Elephants and their diseases
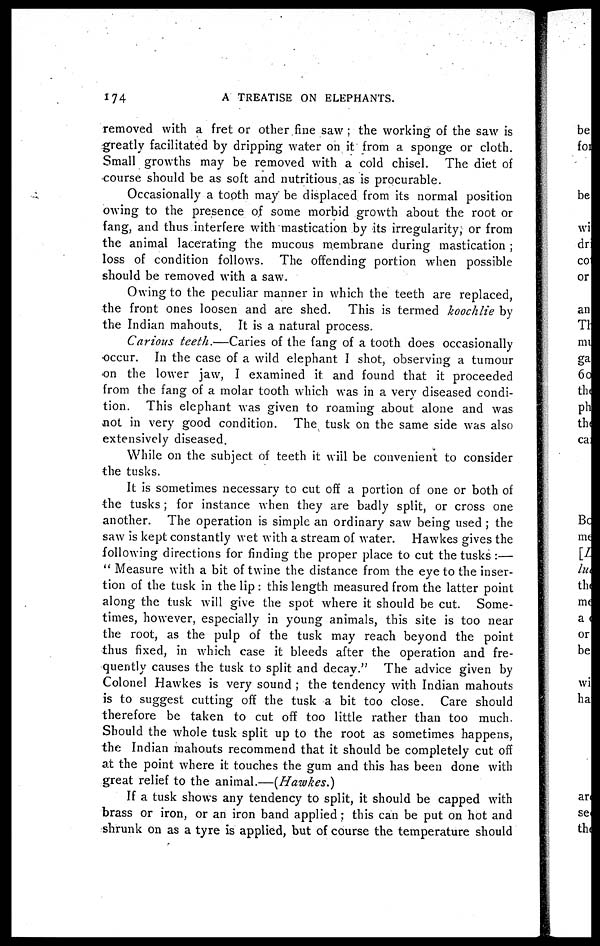
174
A
TREATISE ON ELEPHANTS.
removed with a fret or other fine saw ; the working of the saw is
greatly facilitated by dripping water on it from a sponge or cloth.
Small growths may be removed with a cold chisel. The diet of
course should be as soft and nutritious as is procurable.
Occasionally a tooth may be displaced from its normal position
owing to the presence of some morbid growth about the root or
fang, and thus interfere with mastication by its irregularity; or from
the animal lacerating the mucous membrane during mastication ;
loss of condition follows. The offending portion when possible
should be removed with a saw.
Owing to the peculiar manner in which the teeth are replaced,
the front ones loosen and are shed. This is termed koochlie by
the Indian mahouts. It is a natural process.
Carious teeth.—Caries of the fang of a tooth does occasionally
occur. In the case of a wild elephant I shot, observing a tumour
on the lower jaw, I examined it and found that it proceeded
from the fang of a molar tooth which was in a very diseased condi-
tion. This elephant was given to roaming about alone and was
not in very good condition. The tusk on the same side was also
extensively diseased.
While on the subject of teeth it will be convenient to consider
the tusks.
It is sometimes necessary to cut off a portion of one or both of
the tusks; for instance when they are badly split, or cross one
another. The operation is simple an ordinary saw being used ; the
saw is kept constantly wet with a stream of water. Hawkes gives the
following directions for finding the proper place to cut the tusks :—
" Measure with a bit of twine the distance from the eye to the inser-
tion of the tusk in the lip: this length measured from the latter point
along the tusk will give the spot where it should be cut. Some-
times, however, especially in young animals, this site is too near
the root, as the pulp of the tusk may reach beyond the point
thus fixed, in which case it bleeds after the operation and fre-
quently causes the tusk to split and decay." The advice given by
Colonel Hawkes is very sound ; the tendency with Indian mahouts
is to suggest cutting off the tusk a bit too close. Care should
therefore be taken to cut off too little rather than too much.
Should the whole tusk split up to the root as sometimes happens,
the Indian mahouts recommend that it should be completely cut off
at the point where it touches the gum and this has been done with
great relief to the animal.—(Hawkes.)
If a tusk shows any tendency to split, it should be capped with
brass or iron, or an iron band applied; this can be put on hot and
shrunk on as a tyre is applied, but of course the temperature should